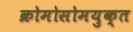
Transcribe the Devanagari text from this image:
क्रोमोसोमयुक्त